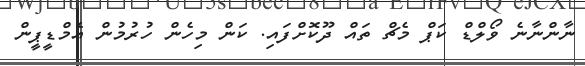
ނާންނާނެ ވޯލްޑް ކަޕް މެޗް ތައް ދޫކޮށްފައި. ކަން މިހެން ހުރުުމުން އެމްޑީޕީން